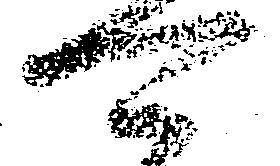
可